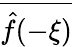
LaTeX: \overline{{{\hat{f}}(-\xi)}}